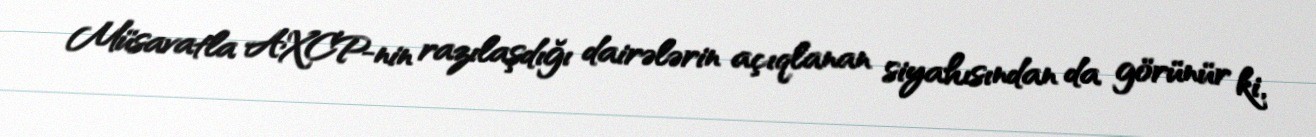
Müsavatla AXCP-nin razılaşdığı dairələrin açıqlanan siyahısından da görünür ki,